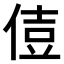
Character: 𠊪